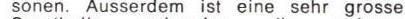
sonen. Ausserdem ist eine sehr grosse